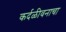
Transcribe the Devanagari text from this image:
कर्दळीवनाचा